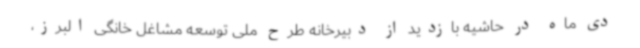
دی ماه در حاشیه بازدید از دبیرخانه طرح ملی توسعه مشاغل خانگی البرز،